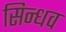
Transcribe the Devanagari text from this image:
सिन्धव